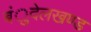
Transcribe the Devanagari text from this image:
बंुदेलखण्ड